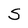
Character: S